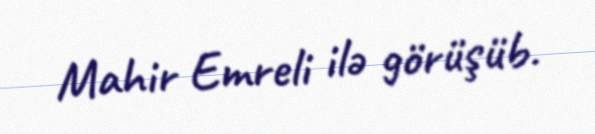
Mahir Emreli ilə görüşüb.